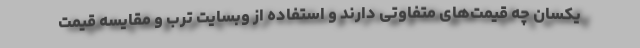
یکسان چه قیمت‌های متفاوتی دارند و استفاده از وبسایت ترب و مقایسه قیمت